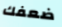
ضعفك